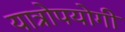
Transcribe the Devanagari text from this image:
यात्रोपयोगी